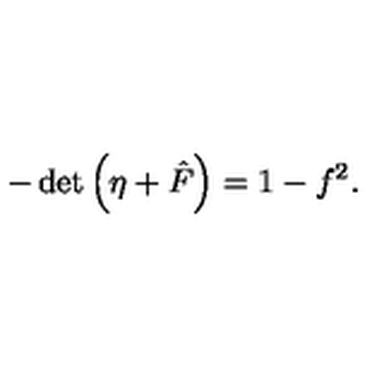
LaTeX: - \det \left( \eta + { \hat { F } } \right) = 1 - f ^ { 2 } .